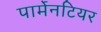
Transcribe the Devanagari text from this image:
पार्मेनटियर